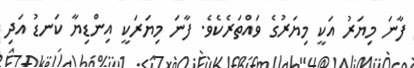
ފާނަ މިޔަރު އަކީ މިޔަރުގެ ވައްތަރެކެވެ. ފާނަ މިޔަރަކީ އިންޑިޔާ ކަނޑު އަދި